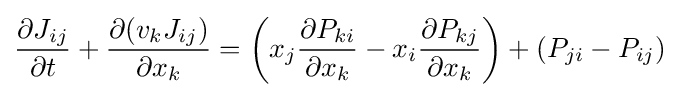
{\frac {\partial J_{ij}}{\partial t}}+{\frac {\partial (v_{k}J_{ij})}{\partial x_{k}}}=\left(x_{j}{\frac {\partial P_{ki}}{\partial x_{k}}}-x_{i}{\frac {\partial P_{kj}}{\partial x_{k}}}\right)+(P_{ji}-P_{ij})